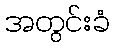
အတွင်းခံ